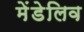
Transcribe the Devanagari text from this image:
मेंडेलिव